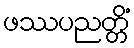
ဖဿပညတ္တိံ